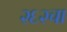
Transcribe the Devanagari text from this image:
२६२चा